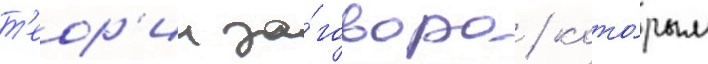
т'еор'ии за́говора / кото́рым